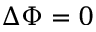
\Delta \Phi = 0